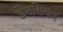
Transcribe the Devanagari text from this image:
डैनसिकर